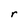
Character: r